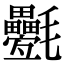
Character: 氎